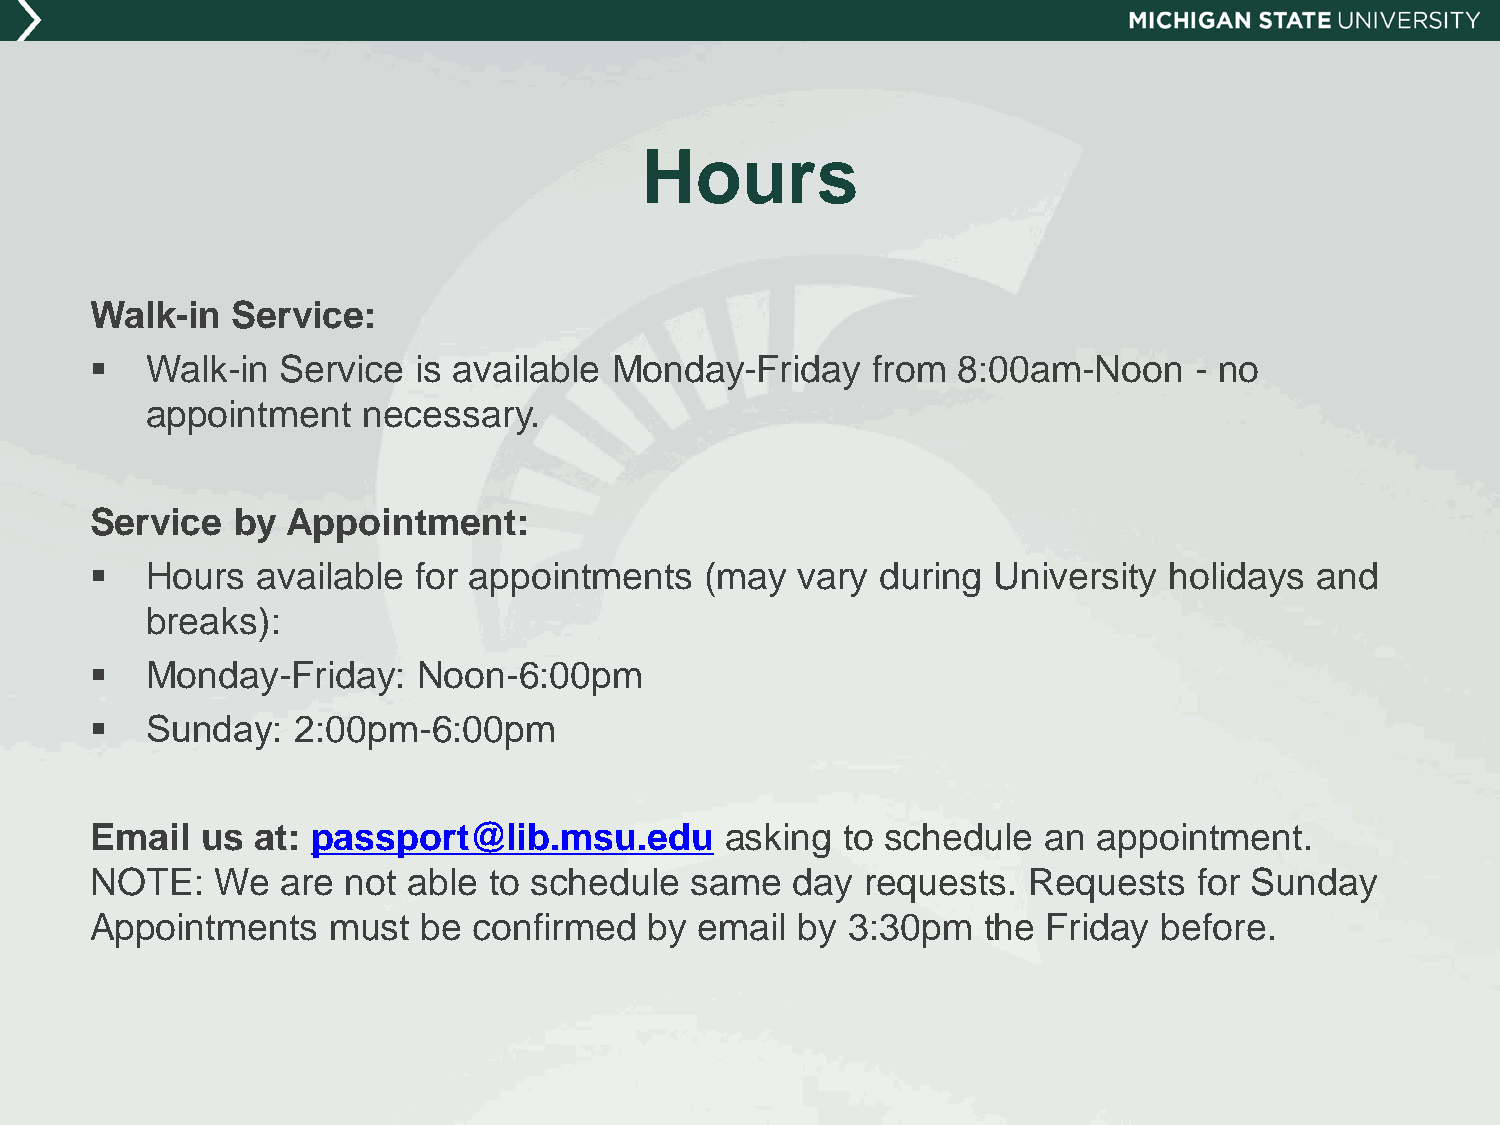
Hours
 Walk-in  Service:
    Walk-in  Service  is available Monday-Friday    from 8:00am-Noon     - no
 appointment   necessary.
 Service  by  Appointment:
    Hours  available for appointments    (may  vary during  University holidays  and
 breaks):
    Monday-Friday:    Noon-6:00pm
    Sun​day: 2:00pm-6:00pm
 Email  us  at: passport@lib.msu.edu       asking  to schedule  an  appointment.
 NOTE:   We   are not able to schedule   same   day requests.  Requests   for Sunday
 Appointments    must  be confirmed   by email  by 3:30pm   the Friday  before.